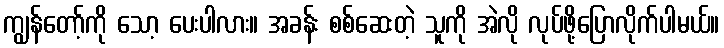
ကျွန်တော့်ကို သော့ ပေးပါလား။ အခန်း စစ်ဆေးတဲ့ သူကို အဲလို လုပ်ဖို့ပြောလိုက်ပါမယ်။